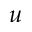
u